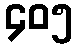
၄၀၅